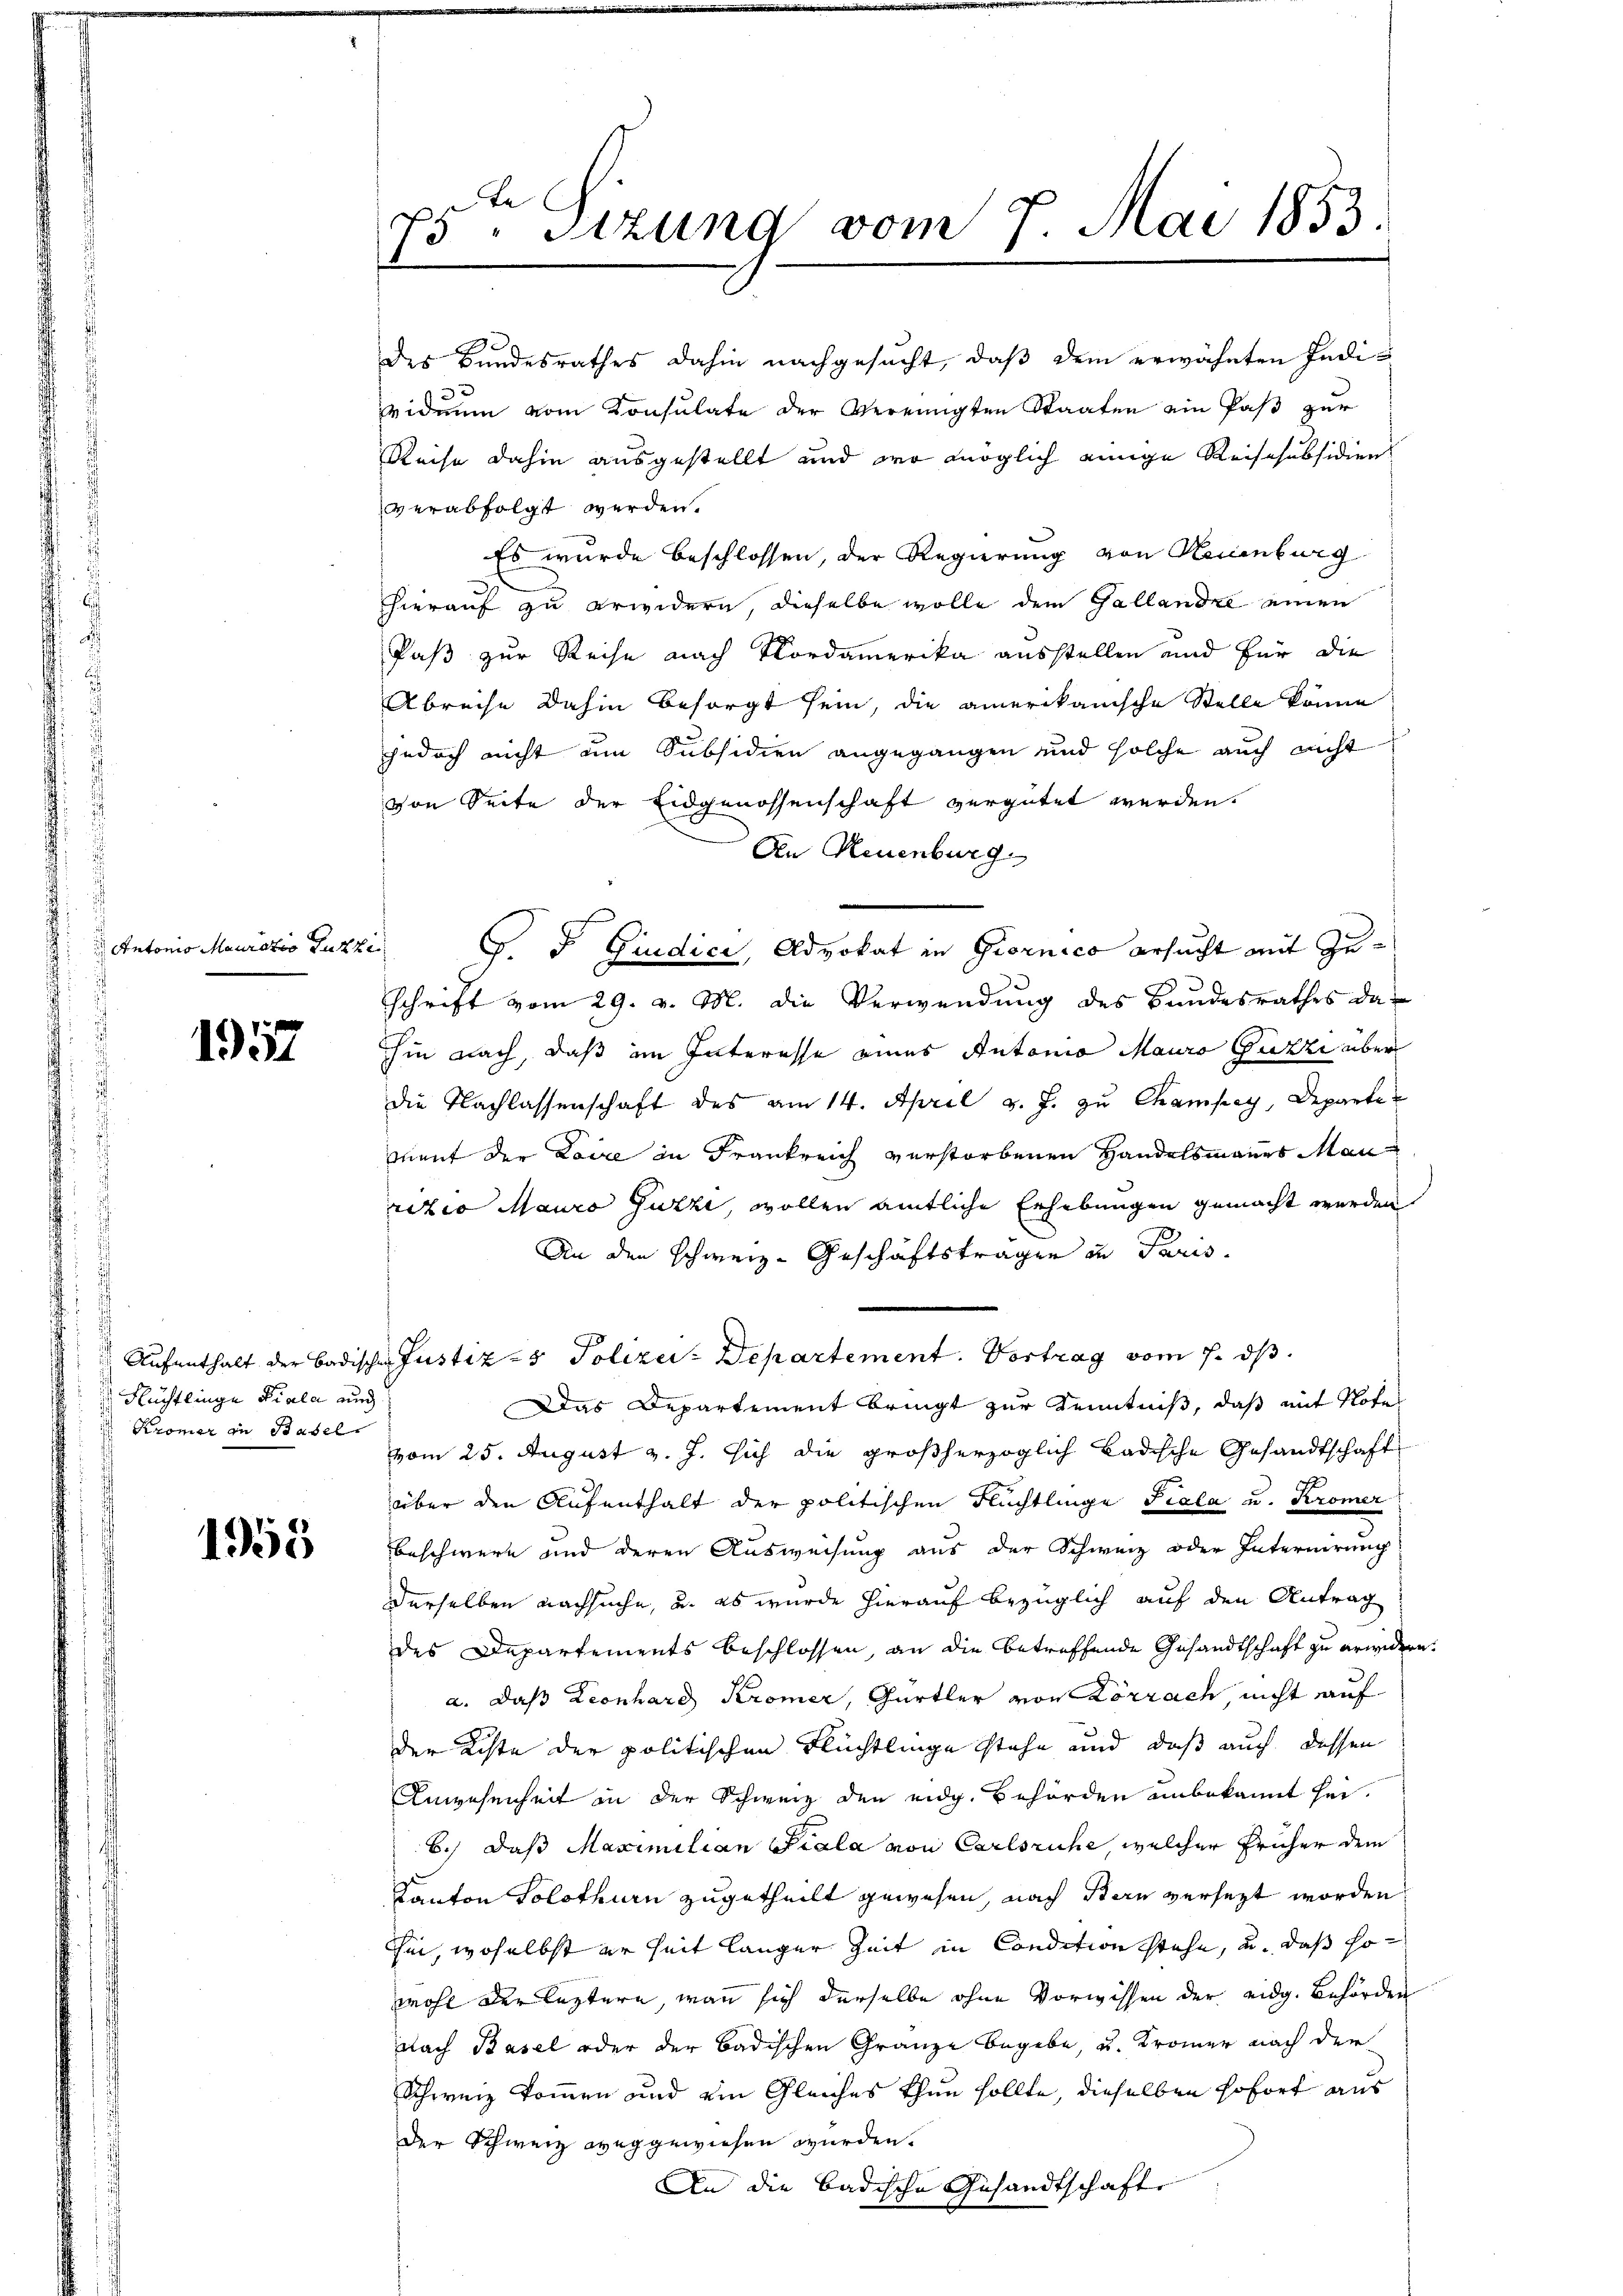
Antonio Mauratio Puzzi.
¬

1957

1955

Flüchtlinge Diale und
Kromer in Basel.

Be
75. Sitzung vom 7. Mai 1853.
1

des Bundesrathes dahin nachgesucht, daß dem erwähnten Indi¬
33
viden vom Konsulate der vereinigten Staaten ein Paß zur
Reise dahin ausgestellt und wo möglich einige Reischubsidien
verabfolgt werden.
Es wurde beschlossen, der Regierung von Neuenburg
hhierauf zu erwidern, dieselbe wolle dem Gallandre einen
Paß zur Reise nach Nordamerika ausstellen und für die
Abreise dahin besorgt sein, die amerikanische Stelle könne
jedoch nicht um Subsidien angegangen und solche auch nicht
von Seite der Eidgenossenschaft vergütet werden.
An Neuenburg
G. J. Giudici, Advokat in Giornico ersucht mit Zuschrift vom 29. v. M. die Verwendung des Bundesrathes dahin nach, daß im Interesse eines Antonio Mauro Guzzi über
die Nachlassenschaft des am 14. April v. J. zu Champey, Departe
ment der Laire in Frankreich verstorbenen Handelsmanns Man
rizio Mauro Juzzi, wollen amtliche Erhebungen gemacht werden
An den schweiz. Geschäftstragen in Paris.
Aufenthalt der badischen Justiz- & Polizei-Departement. Vortrag vom 7. ds.
Das Departement bringt zur Kenntniß, daß mit Note
vom 25. August v. J. sich die großherzoglich badische Gesandtschaft
über den Aufenthalt der politischen Flüchtlinge Piala u. Kromer
beschwere und deren Ausweisung aus der Schweiz oder Internirung
derselben nachsuche, u. es wurde hierauf bezüglich auf den Antrag
des Departements beschlossen, an die betreffende Gesandtschaft zu erwidern.
a. daß Leonhard Krömer, Gürtler von Lörrach, nicht auf
der Kiste der politischen Flüchtlinge stehe und daß auch dessen
Aingesenheit in der Schweiz den eidg. Behörden unbekannt hei¬
6.) Daß Maximilian Piala von Carlsruhe, welcher früher dem
Kanton Solothurn zugetheilt gewesen, nach Stern versezt worden
hin, woselbst er seit langer Zeit in Condition stehe, u. daß so
wohl der leztere, wann sich derselbe ohne Vorwissen der eidg. Behörden
Nach Basel oder der badischen Gränze begebe, u. Kromer nach der
Schweiz kommen und ein Gleiches thun sollte, dieselben sofort aus
der Schweiz weggewiesen wurden.
An die badische Gesandtschafte